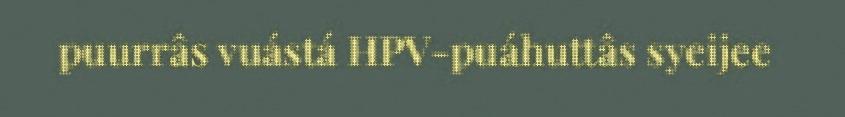
puurrâs vuástá HPV-puáhuttâs syeijee